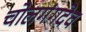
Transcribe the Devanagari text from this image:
चोलगंगदेव